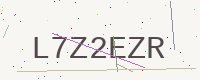
Text: L7Z2EZR